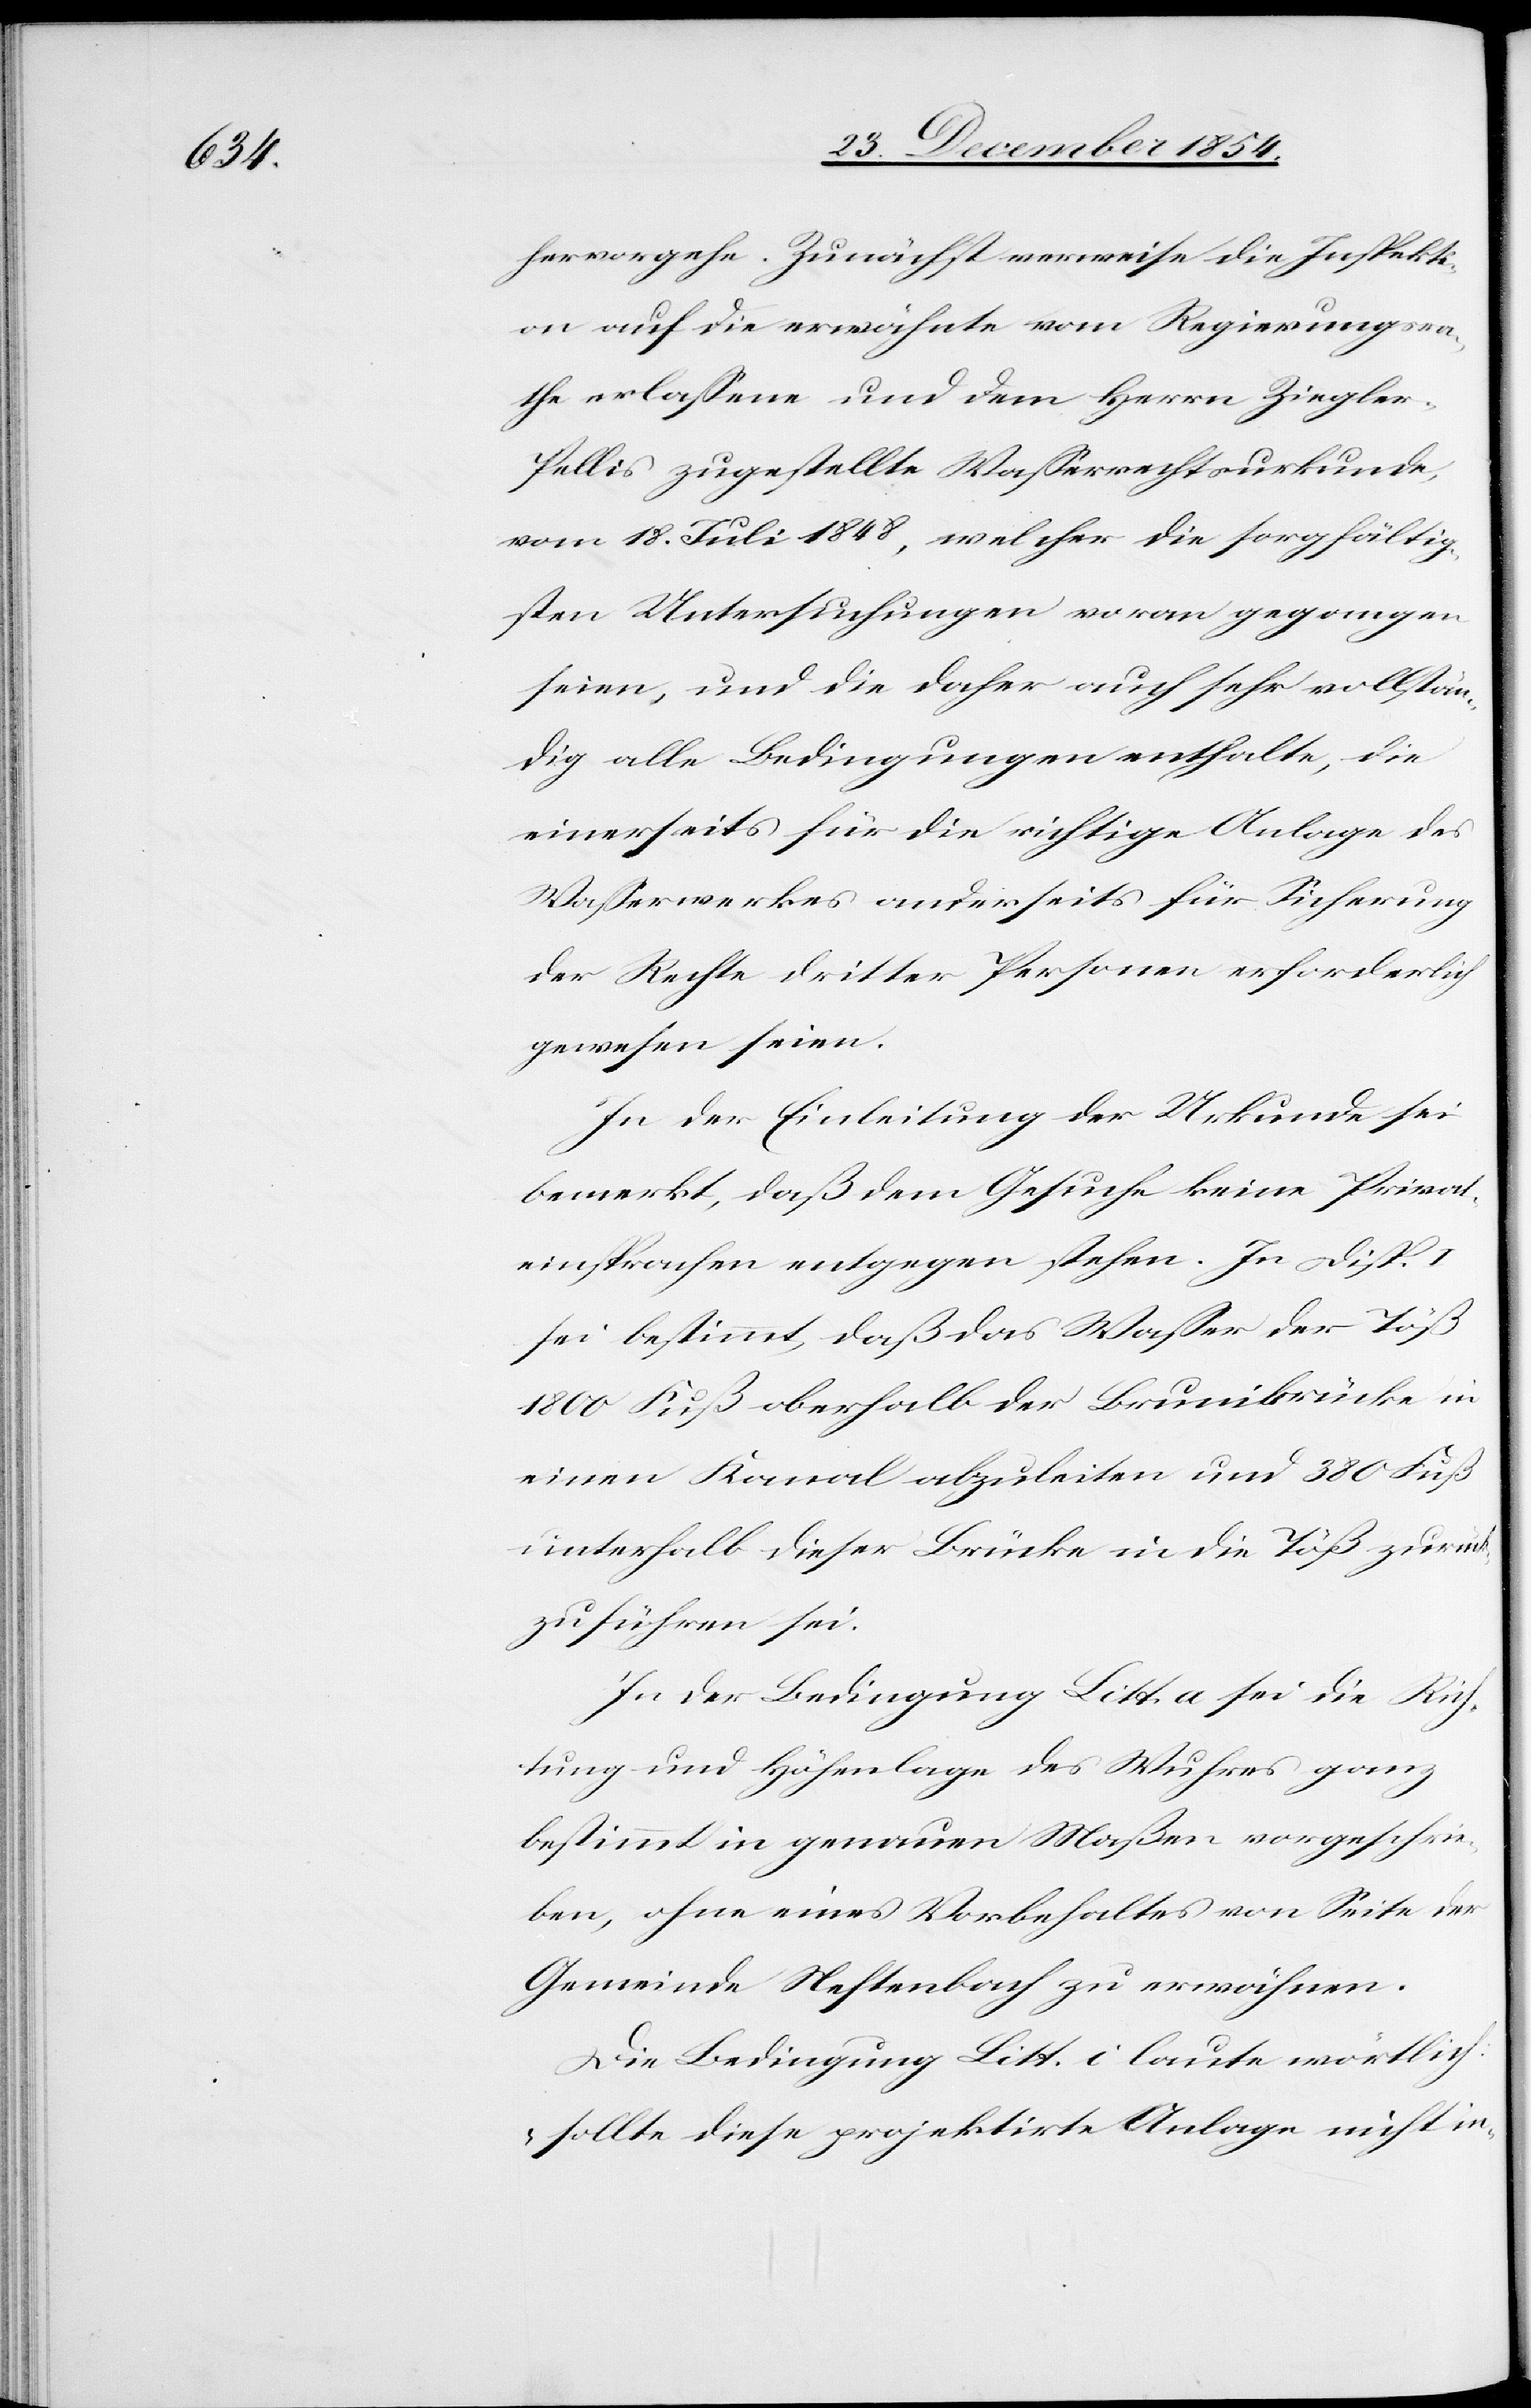
hervorgehe. Zunächst verweise die Inspekti¬
on auf die erwähnte vom Regierungsra¬
the erlaßene und dem Herrn Ziegler-P¬
ellis zugestellte Waßerrechtsurkunde,
vom 18. Juli 1848, welcher die sorgfältig¬
sten Untersuchungen voran gegangen
seien, und die daher auch sehr vollstän¬
dig alle Bedingungen enthalte, die
einerseits für die richtige Anlage des
Waßerwerkes anderseits für Sicherung
der Rechte dritter Personen erforderlich
gewesen seien.
In der Einleitung der Urkunde sei
bemerkt, daß dem Gesuche keine Privat¬
einsprachen entgegen stehen. In Disp.
sei bestimmt, daß das Waßer der Töß
1800 Fuß oberhalb der Brunibrücke in
einen Kanal abzuleiten und 380 Fuß
unterhalb dieser Brücke in die Töß zurück
zu führen sei.
In der Bedingung litt. a sei die Rich¬
tung und Höhenlage des Wuhres ganz
bestimmt in genauen Maßen vorgeschrie¬
ben, ohne eines Vorbehaltes von Seite der
Gemeinde Neftenbach zu erwähnen.
Die Bedingung litt. i laute wörtlich:
„sollte diese projektirte Anlage nicht in-